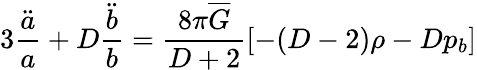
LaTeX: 3\frac{\ddot{a}}{a}+D\frac{\ddot{b}}{b}=\frac{8\pi\overline{{{G}}}}{D+2}\left[-(D-2)\rho-Dp_{b}\right]